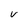
Character: V